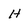
Character: H